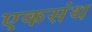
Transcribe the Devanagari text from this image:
एकसंथ